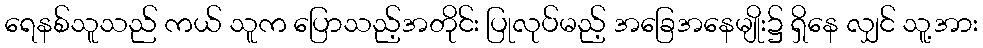
ရေနစ်သူသည် ကယ် သူက ပြောသည့်အတိုင်း ပြုလုပ်မည့် အခြေအနေမျိုး၌ ရှိနေ လျှင် သူ့အား